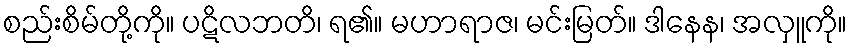
စည်းစိမ်တို့ကို။ ပဋိလဘတိ၊ ရ၏။ မဟာရာဇ၊ မင်းမြတ်။ ဒါနေန၊ အလှူကို။